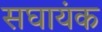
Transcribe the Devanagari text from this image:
सघायंक